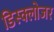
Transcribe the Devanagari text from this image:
डिस्क्लोजर